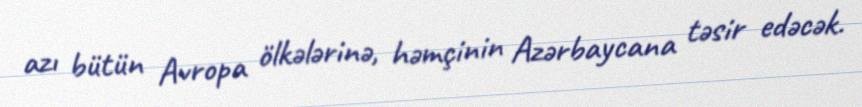
azı bütün Avropa ölkələrinə, həmçinin Azərbaycana təsir edəcək.